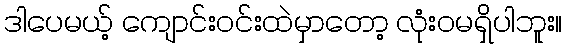
ဒါပေမယ့် ကျောင်းဝင်းထဲမှာတော့ လုံးဝမရှိပါဘူး။